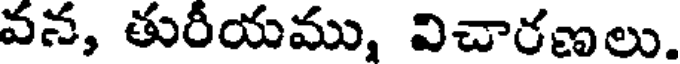
వన, తురీయము, విచారణలు.